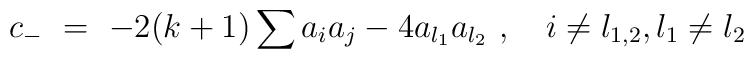
c_-\ =\ -2(k + 1)\sum a_i a_j - 4a_{l_1} a_{l_2} \ ,\quad  i \ne l_{1,2} , l_1\ne l_2